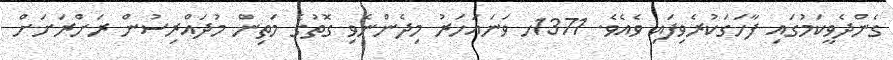
ގެންދެވީކަމުގައި ފާހަގަކުރެވިފައި ވެއެވެ. 1371ހ ވަނައަހަރު މިދެންނެވި ގޮތުގެ މަތިން މުދައްރިސުން ރަށްރަށަށް